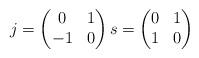
LaTeX: \begin{align*}j=\begin{pmatrix}0 & 1\\-1 & 0\end{pmatrix} s=\begin{pmatrix}0 & 1\\1 & 0\end{pmatrix}\end{align*}